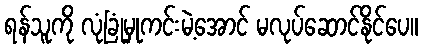
ရန်သူကို လုံခြုံမှုကင်းမဲ့အောင် မလုပ်ဆောင်နိုင်ပေ။